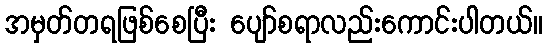
အမှတ်တရဖြစ်စေပြီး ပျော်စရာလည်းကောင်းပါတယ်။